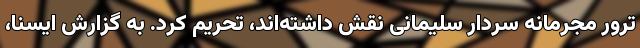
ترور مجرمانه سردار سلیمانی نقش داشته‌اند، تحریم کرد. به گزارش ایسنا،